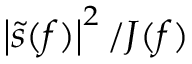
\left| \tilde { s } ( f ) \right| ^ { 2 } / J ( f )